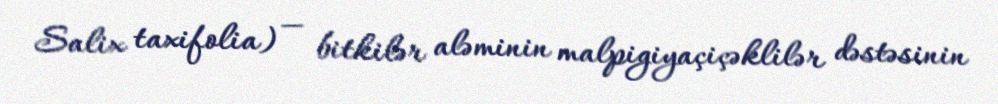
Salix taxifolia) — bitkilər aləminin malpigiyaçiçəklilər dəstəsinin